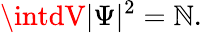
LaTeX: \intdV|\Psi|^{2}=\mathbb{N}.